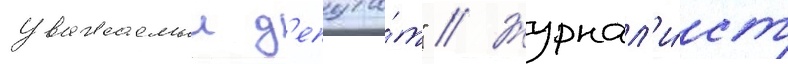
уважаемыи д'епута́т" // Журнал'и́ст